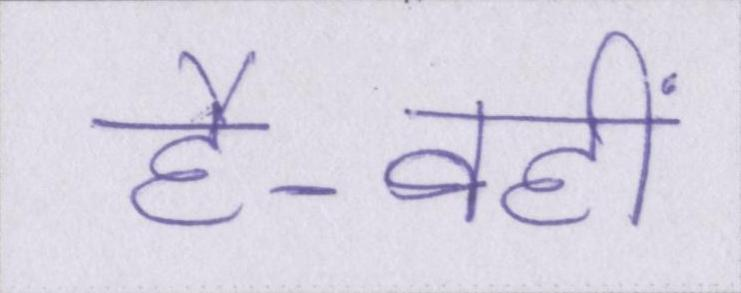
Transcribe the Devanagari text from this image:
है-वहीं